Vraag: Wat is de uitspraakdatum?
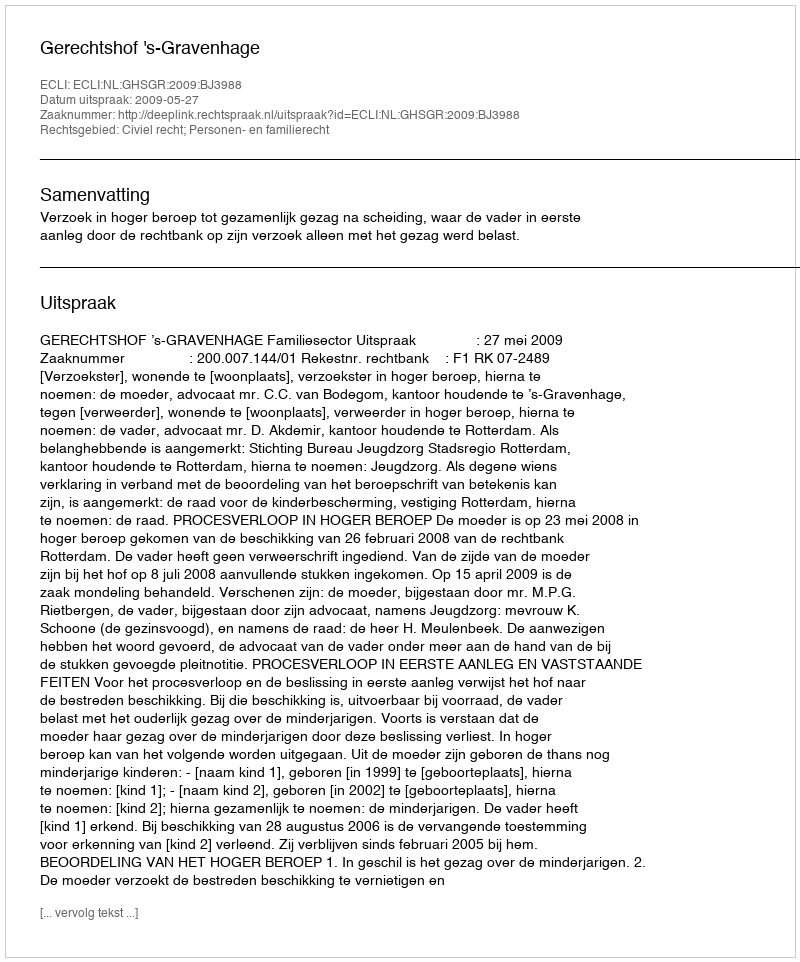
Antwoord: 2009-05-27